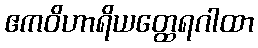
ဧကဝိဟာရိယတ္ထေရဂါထာ